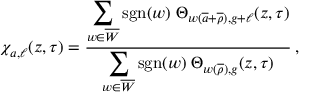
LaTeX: \chi _ { a , \ell } ( z , \tau ) = \frac { \displaystyle \sum _ { w \in \overline { { W } } } \mathrm { s g n } ( w ) \; \Theta _ { w ( \overline { { { a } } } + \overline { { { \rho } } } ) , g + \ell } ( z , \tau ) } { \displaystyle \sum _ { w \in \overline { { W } } } \mathrm { s g n } ( w ) \; \Theta _ { w ( \overline { { { \rho } } } ) , g } ( z , \tau ) } \: ,